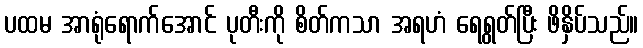
ပထမ အာရုံရောက်အောင် ပုတီးကို စိတ်ကသာ အရဟံ ရေရွတ်ပြီး ဖိနှိပ်သည်။